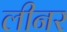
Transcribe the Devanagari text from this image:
लीनर